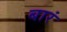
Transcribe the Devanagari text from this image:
बारं